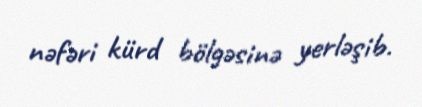
nəfəri kürd bölgəsinə yerləşib.